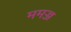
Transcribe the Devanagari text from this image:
ममज्ज